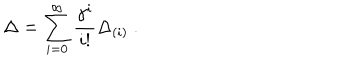
\Delta = \sum _ { i = 0 } ^ { \infty } \frac { \gamma ^ { i } } { i ! } \Delta _ { ( i ) } ~ .